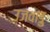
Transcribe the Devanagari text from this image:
उजवाडु